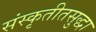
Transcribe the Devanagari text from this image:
संस्कृतीतसुद्धा